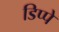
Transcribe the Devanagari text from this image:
डिप्‍पे